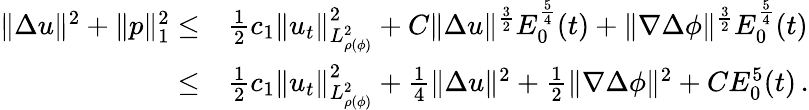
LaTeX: \begin{array}{rl}{\| \Delta u\| ^{2}+\| p\| _{1}^{2}\leq}&{\frac{1}{2}c_{1}\| u_{t}\| _{L_{\rho(\phi)}^{2}}^{2}+C\| \Delta u\| ^{\frac{3}{2}}E_{0}^{\frac{5}{4}}(t)+\| \nabla\Delta\phi\| ^{\frac{3}{2}}E_{0}^{\frac{5}{4}}(t)}\\ {\leq}&{\frac{1}{2}c_{1}\| u_{t}\| _{L_{\rho(\phi)}^{2}}^{2}+\frac{1}{4}\| \Delta u\| ^{2}+\frac{1}{2}\| \nabla\Delta\phi\| ^{2}+CE_{0}^{5}(t)\, .}\end{array}